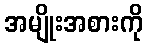
အမျိုးအစားကို